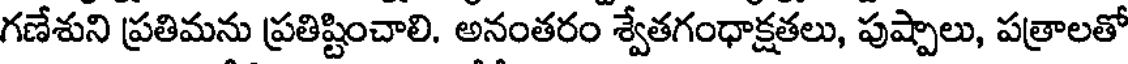
గణేశుని ప్రతిమను ప్రతిష్టించాలి. అనంతరం శ్వేతగంధాక్షతలు, పుష్పాలు, పత్రాలతో